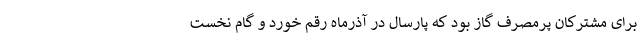
برای مشترکان پرمصرف گاز بود که پارسال در آذرماه رقم خورد و گام نخست